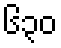
၆၃၀